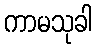
ကာမသုခါ